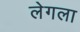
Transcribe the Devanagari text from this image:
लेगला